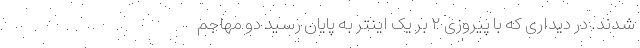
شدند. در دیداری که با پیروزی ۲ بر یک اینتر به پایان رسید دو مهاجم